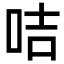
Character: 咭